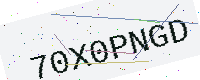
Text: 70X0PNGD